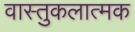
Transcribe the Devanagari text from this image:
वास्तुकलात्मक